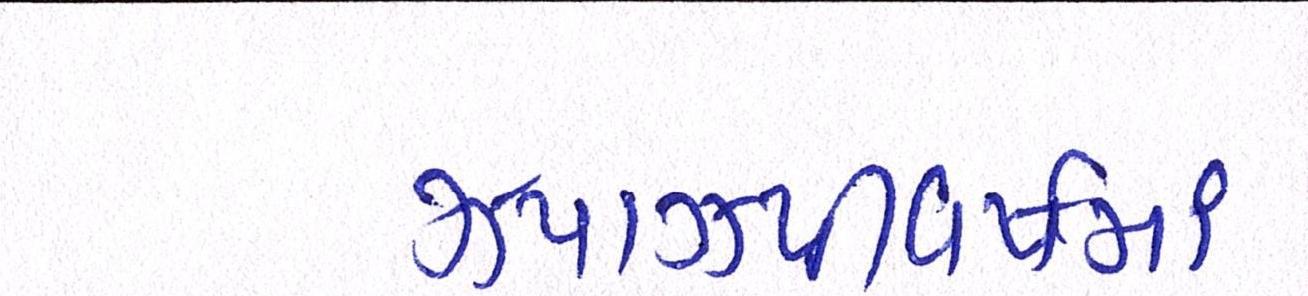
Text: ઝપાઝપીવર્ષમાં